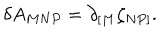
LaTeX: \delta A _ { M N P } = \partial _ { [ M } \zeta _ { N P ] } .